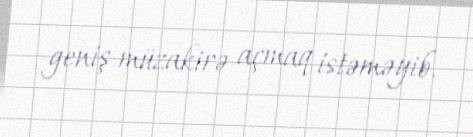
geniş müzakirə açmaq istəməyib.